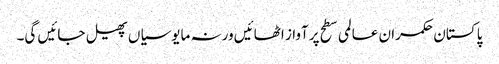
پا کستان حکمران عالمی سطح پرآواز اٹھائیں ورنہ مایوسیاں پھیل جائیں گی۔